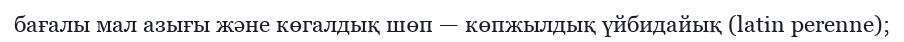
бағалы мал азығы және көгалдық шөп — көпжылдық үйбидайық (latin perenne);